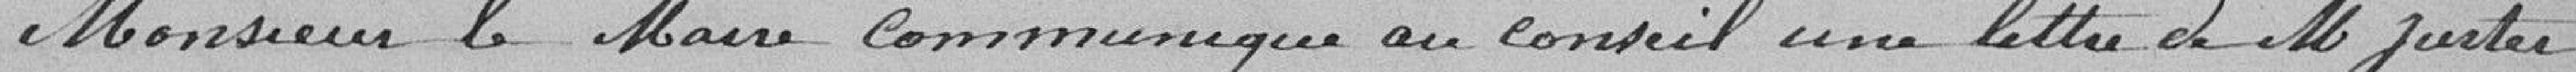
Monsieur Le Maire communique au conseil une lettre de monsieur Juster